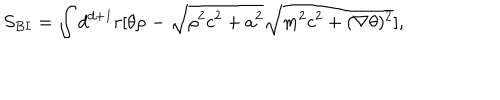
S _ { B I } = \int d ^ { d + 1 } r [ \theta \dot { \rho } - \sqrt { \rho ^ { 2 } c ^ { 2 } + a ^ { 2 } } \sqrt { m ^ { 2 } c ^ { 2 } + ( \nabla \theta ) ^ { 2 } } ] ,